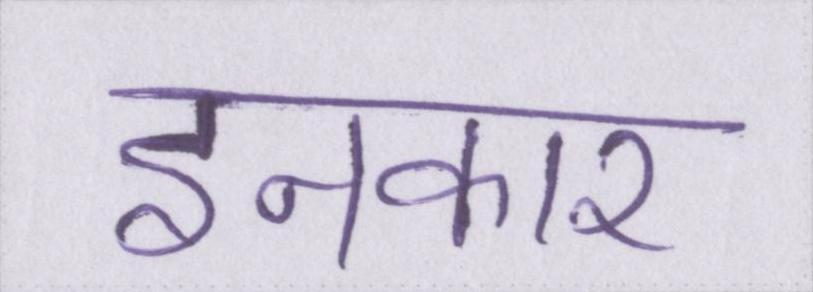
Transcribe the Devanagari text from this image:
इनकार